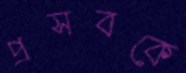
প্রসবকে